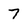
Character: 7